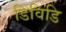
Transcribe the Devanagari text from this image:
डिविडि